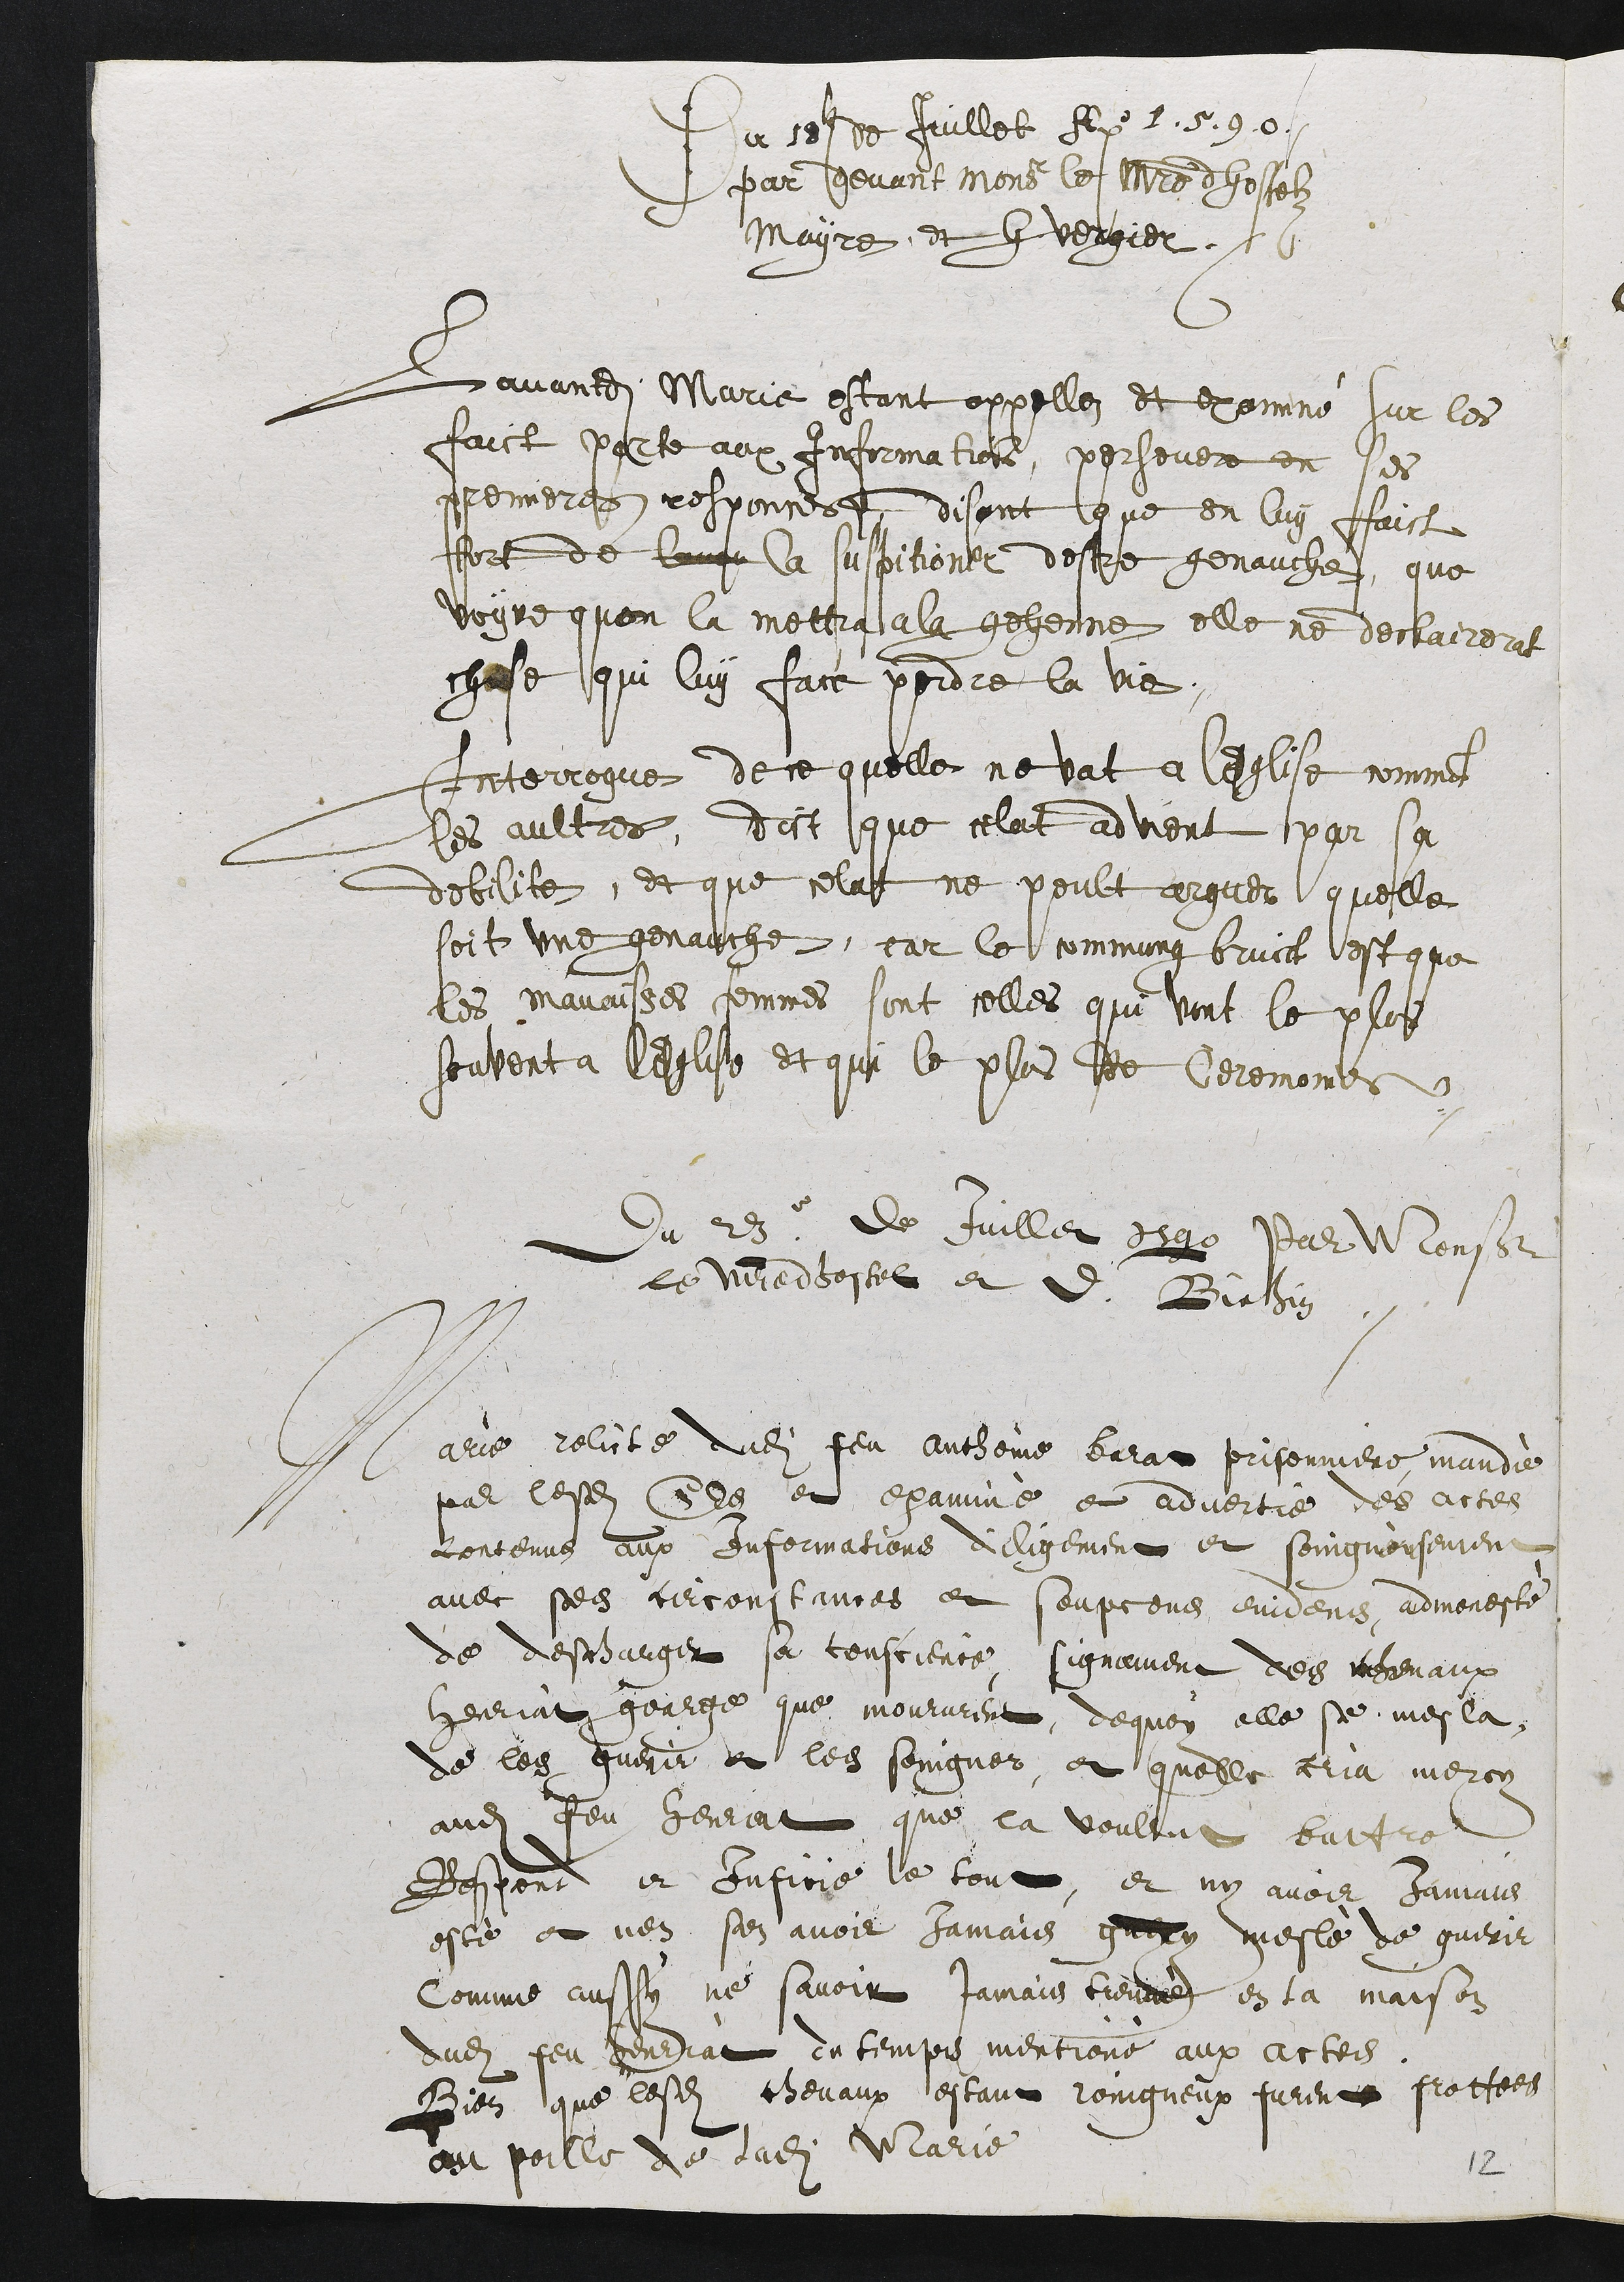
Du 18 de Juillet Ano 1.590.
par devant mons le maistre dhosselz
Mayre et I vergier.
Lavandit Marie estant appellez et commé sur les
faict parte aux Information, persevere en ses
premieres responnest, disant que en luy faict
fort de long la suspitioner destre genauche, que
voyse quon la mettra a la gehenne elle ne declairerat
chose qui luy fart perdre la vie.
Interrogue de ce quelle ne vat a l’eglise comment
les aultres, dict que celat advient par sa
debilite, et que celat ne peult arguer quelle
soit une genauche, car le commung bruict est que
les manaisses femmes sont celles que vint le plos
souvent a lEeglise et qui le plus de Ceremombs
Du 23e de Juillet 1590 Par Monsieur
le viedhostel et d Bielhin
Marie rolite dudit feu autheine berar prisonniere mandie
par lesdits Cles et examiné et advertie des actes
contenus aux informations diiligement et soingneusement
avec ses tirconstances et soupçens enidens, admonesté
de descharger sa touscience signament des mevenaux
Henriat gearge que moururent, dequoy elle se mesla,
de les guerir et les soingner, et quelle cria mercy
audit feu Henrat que la voultut battre
Respond et Inficre le tout, et ny avoir jamais
esté et nen sen avoir jamais guery meslé de guerir
comme aussy ne savoir jamais tienrez en la maison
dudit feu geuriat en temps mentione aux actes
Pien que lesdits chevaux estant roingneux furent prottees
au poille de ladite Marie